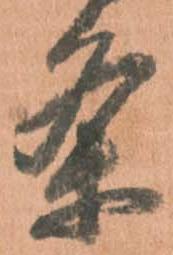
条